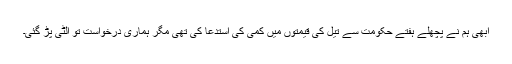
ابھی ہم نے پچھلے ہفتے حکومت سے تیل کی قیمتوں میں کمی کی استدعا کی تھی مگر ہماری درخواست تو الٹی پڑ گئی۔